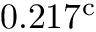
0 . 2 1 7 ^ { \mathrm { c } }